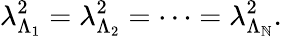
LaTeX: \lambda_{\Lambda_{1}}^{2}=\lambda_{\Lambda_{2}}^{2}=\dots=\lambda_{\Lambda_{\mathbb{N}}}^{2}.